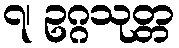
၇၊ ဥဂ္ဂသုတ္တ